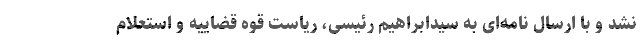
نشد و با ارسال نامه‌ای به سیدابراهیم رئیسی، ریاست قوه قضاییه و استعلام